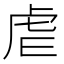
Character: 虐